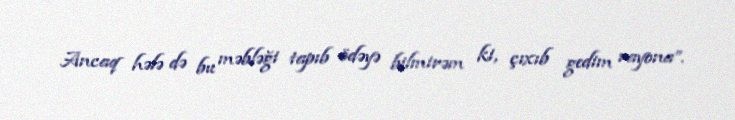
Ancaq hələ də bu məbləği tapıb ödəyə bilmirəm ki, çıxıb gedim rayona”.